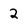
Character: 2